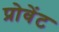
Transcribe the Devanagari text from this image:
प्रोवेंट